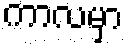
ကာလမှာ